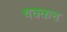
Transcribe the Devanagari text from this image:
थक्कच